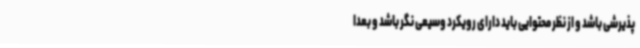
پذیرشی باشد و از نظر محتوایی باید دارای رویکرد وسیعی نگر باشد و بعدا